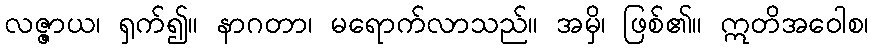
လဇ္ဇာယ၊ ရှက်၍။ နာဂတာ၊ မရောက်လာသည်။ အမှိ၊ ဖြစ်၏။ ဣတိအဝေါစ၊